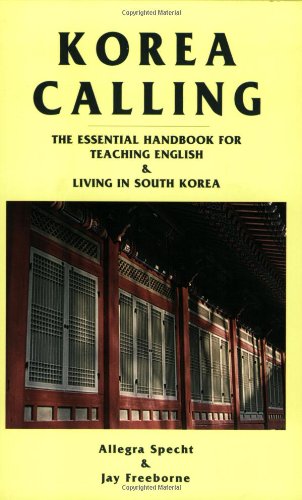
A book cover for Korea Calling: The Essential Handbook for Teaching English and Living in South Korea; Allegra J. Specht; Travel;